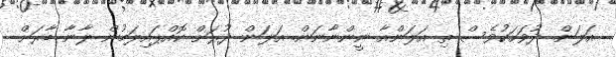
އަލަން. ދުވަހަކުވެސް ތި އަލަންއާ ނީންނާނަން. އަލަން ދުރަށް ކޮއްޕައިލަމުން ލާނާ ބާރަށް